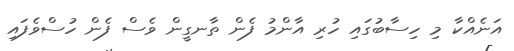
އަނެއްކާ މި ހިސާބުގައި ހުރި އާންމު ފެން ތާނގީން ވެސް ފެން ހުސްވެފައި